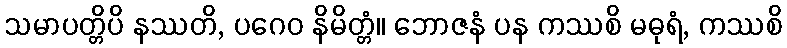
သမာပတ္တိပိ နဿတိ, ပဂေဝ နိမိတ္တံ။ ဘောဇနံ ပန ကဿစိ မဓုရံ, ကဿစိ